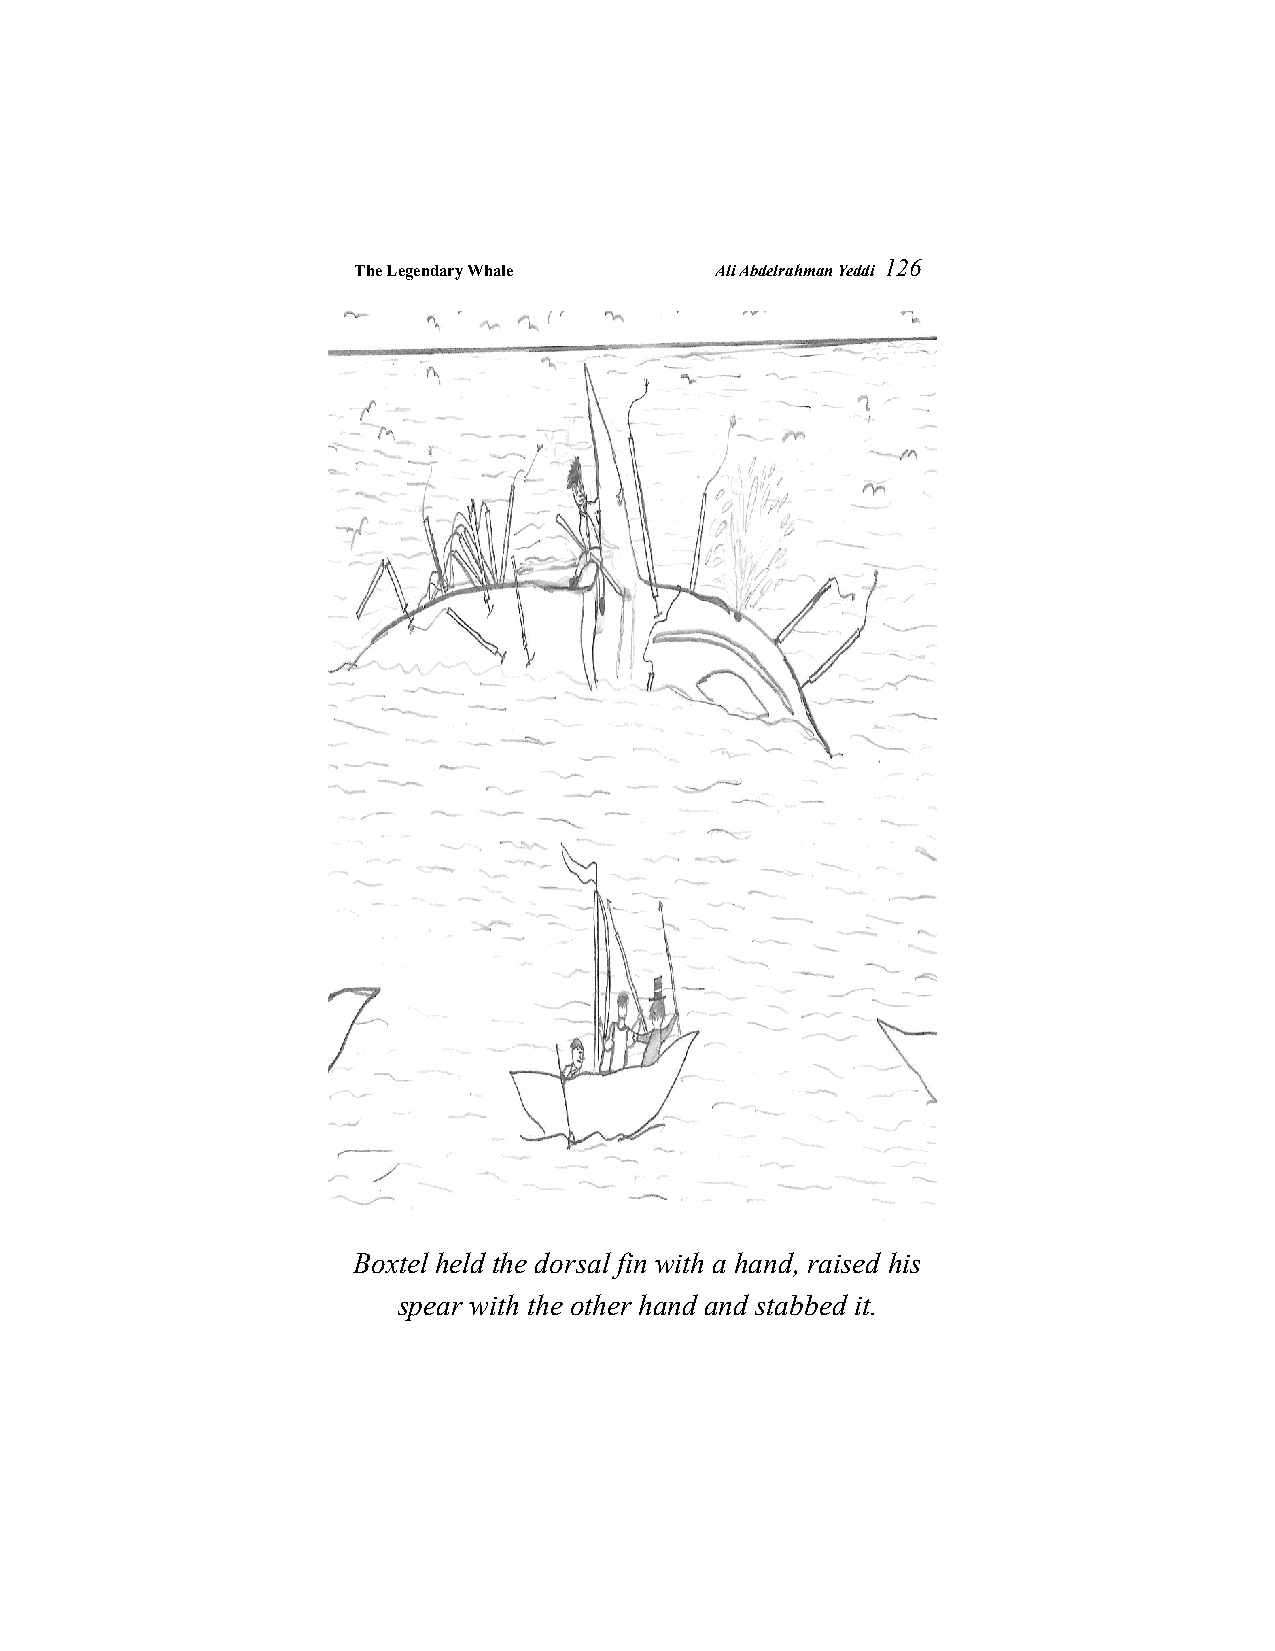
The Legendary Whale     Ali Abdelrahman Yeddi
 126
 Boxtel held the dorsal fin with a hand, raised his
 spear with the other hand and stabbed it.